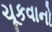
ચૂકવાનો